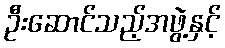
ဦးဆောင်သည့်အဖွဲ့နှင့်